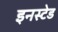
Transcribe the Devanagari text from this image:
इनस्टेड